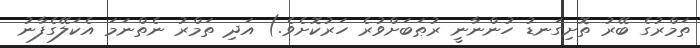
ތަމްރުގެ ބޭރު ތޮށިގަނޑު ހުންނާނީ ރުޠަބަށްވުރެ ހަރުކޮށެވެ.) އަދި ތަމްރު ނެތްނަމަ އެކަލޭގެފާނު